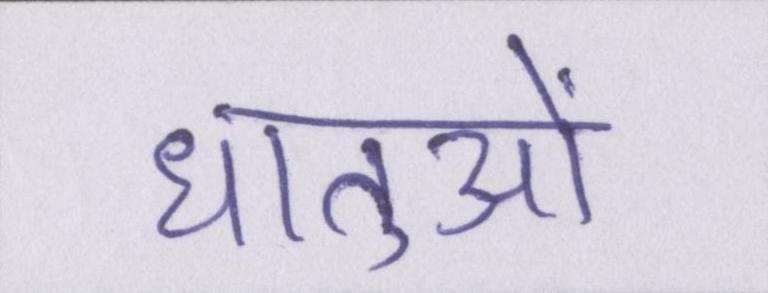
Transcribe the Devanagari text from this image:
धातुओं